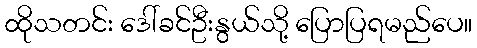
ထိုသတင်း ဒေါ်ခင်ဦးနွယ်သို့ ပြောပြရမည်ပေ။